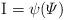
LaTeX: \begin{align*}\begin{aligned} \rm{I}= \psi (\varPsi) \end{aligned}\end{align*}